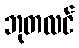
ဘုတလင်